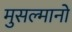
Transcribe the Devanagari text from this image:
मुसल्मानो